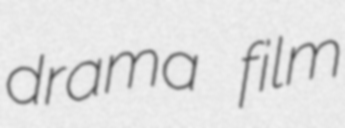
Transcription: drama film